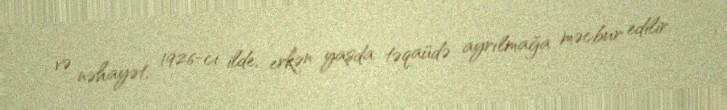
və nəhayət, 1926-cı ilde, erkən yaşda təqaüdə ayrılmağa məcbur edilir.